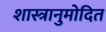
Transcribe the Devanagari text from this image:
शास्त्रानुमोदित